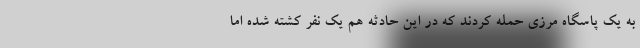
به یک پاسگاه مرزی حمله کردند که در این حادثه هم یک نفر کشته شده اما